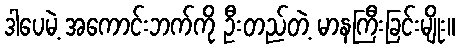
ဒါပေမဲ့ အကောင်းဘက်ကို ဦးတည်တဲ့ မာနကြီးခြင်းမျိုး။